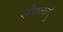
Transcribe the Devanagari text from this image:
शीतवायु